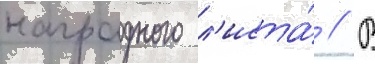
наградного л'иста́ // В